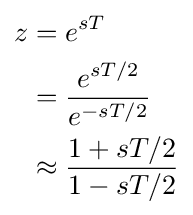
{\begin{aligned}z&=e^{sT}\\&={\frac {e^{sT/2}}{e^{-sT/2}}}\\&\approx {\frac {1+sT/2}{1-sT/2}}\end{aligned}}